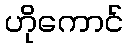
ဟိုကောင်